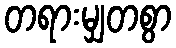
တရားမျှတစွာ